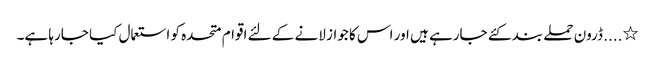
٭.... ڈرون حملے بند کئے جارہے ہیں اور اس کا جواز لانے کے لئے اقوام متحدہ کو استعمال کیا جارہا ہے۔